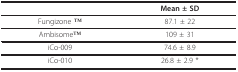
|  | Mean ± SD |
 | --- | --- |
 | Fungizone TM | 87.1 ± 22 |
 | AmbisomeTM | 109 ± 31 |
 | iCo-009 | 74.6 ± 8.9 |
 | iCo-010 | 26.8 ± 2.9 * |